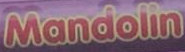
Mandoline